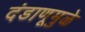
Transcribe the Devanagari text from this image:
दंडाणूमुळे